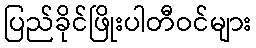
ပြည်ခိုင်ဖြိုးပါတီဝင်များ